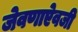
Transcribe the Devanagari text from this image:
जेवणाऐवजी